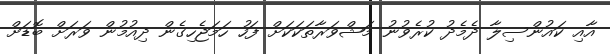
އާއި ކައުންސިލާ ދެމެދު ކުރެވުނު މަޝްވަރާތަކަކަށް ފަހު ހަމަޖެހިގެން ދިއުމުން ވަރަށް ބޮޑަށް